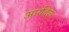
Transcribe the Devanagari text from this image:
आर्यदेश